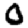
Digit: 0